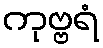
ကုဗ္ဗရံ